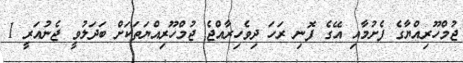
ޖުމްހޫރިއްޔާގެ ފެށުމާއި އޭގެ ފޮނި ރަހަ ދިވެހިރާއްޖެ ޖުމްހޫރިއްޔަތަކަށް ބަދަލުވީ ޖެނުއަރީ 1